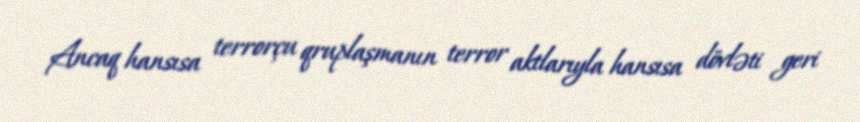
Ancaq hansısa terrorçu qruplaşmanın terror aktlarıyla hansısa dövləti geri